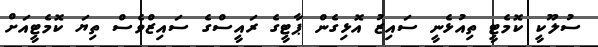
ސުލޫކީ ކޮމެޓީ ތިއުޅެނީ ސައިޒު އޮޅިގެން ޕާޓީގެ ރައީސްގެ ސައިޒްވެސް ތިޔަ ކޮމެޓީއަށް